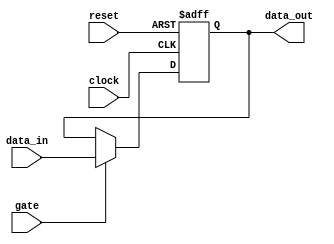
module gated_latch (
    input wire gate,
    input wire reset,
    input wire clock,
    input wire data_in,
    output reg data_out
);

always @(posedge clock or posedge reset) begin
    if (reset) begin
        data_out <= 1'b0; // Clear stored data to predetermined value
    end else begin
        if (gate) begin
            data_out <= data_in; // Store input data when gate is high
        end
    end
end

endmodule